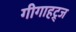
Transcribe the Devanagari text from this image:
गीगाहट्र्ज